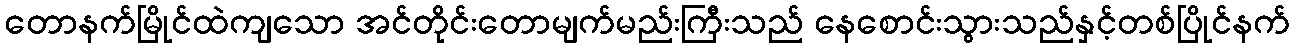
တောနက်မြိုင်ထဲကျသော အင်တိုင်းတောမျက်မည်းကြီးသည် နေစောင်းသွားသည်နှင့်တစ်ပြိုင်နက်